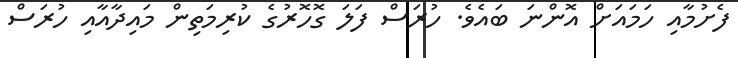
ފެށުމާއި ހަމައަށް އޮންނަ ބައެވެ. ހުރަސް ފަލަ ގޮހޮރުގެ ކުރިމަތިން މައިދާއާއި ހުރަސް